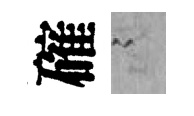
確謭